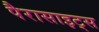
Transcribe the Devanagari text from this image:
पैरासाइट्स